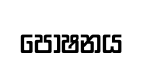
පෝෂනය